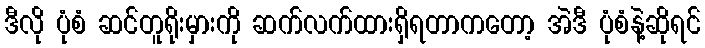
ဒီလို ပုံစံ ဆင်တူရိုးမှားကို ဆက်လက်ထားရှိရတာကတော့ အဲဒီ ပုံစံနဲ့ဆိုရင်